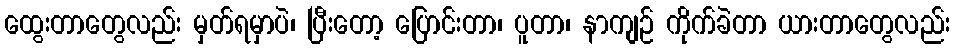
ထွေးတာတွေလည်း မှတ်ရမှာပဲ၊ ပြီးတော့ ပြောင်းတာ၊ ပူတာ၊ နာကျဉ် ကိုက်ခဲတာ ယားတာတွေလည်း